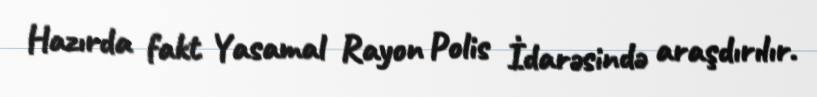
Hazırda fakt Yasamal Rayon Polis İdarəsində araşdırılır.